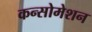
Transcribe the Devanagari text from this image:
कन्सोमेशन